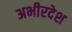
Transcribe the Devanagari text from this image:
अभीरदेश